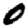
Digit: 0